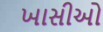
ખાસીઓ